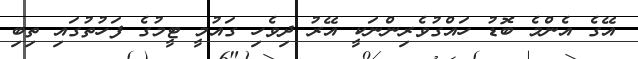
އޭގެ އެންމެ ބޮޑު ހައްގުވެރިންނަކީ އޭރު ދިވެހި ގައުމީ ޓީމުގެ ފަހުތުގައި ތިބި